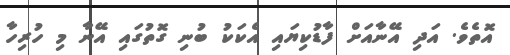
އޮތެވެ. އަދި އޭނާއަށް ފާޑުކިޔައި އެކަކު ބުނި ގޮތުގައި އޭނާ މި ހުރިހާ